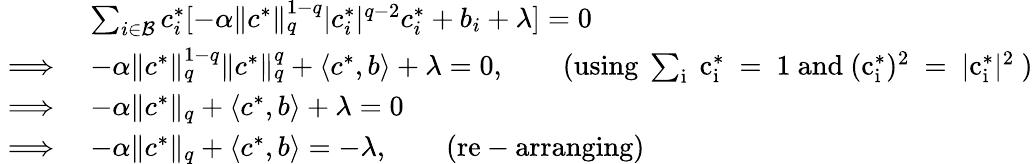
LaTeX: \begin{array}{rl}&{\sum_{i\in\mathcal{B}}c_{i}^{*}[-\alpha\lVert c^{*}\rVert_{q}^{1-q}|c_{i}^{*}|^{q-2}c_{i}^{*}+b_{i}+\lambda]=0}\\ {\implies}&{-\alpha\lVert c^{*}\rVert_{q}^{1-q}\lVert c^{*}\rVert_{q}^{q}+\langle c^{*},b\rangle+\lambda=0,\qquad\mathrm{(using~\sum_i~c^*_i~=~1~and~(c^*_i)^2~=~|c^*_i|^2~)}}\\ {\implies}&{-\alpha\lVert c^{*}\rVert_{q}+\langle c^{*},b\rangle+\lambda=0}\\ {\implies}&{-\alpha\lVert c^{*}\rVert_{q}+\langle c^{*},b\rangle=-\lambda,\qquad\mathrm{(re-arranging)}}\end{array}